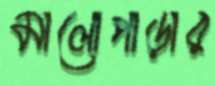
মালোপাড়ার